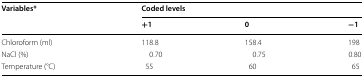
<table><thead><tr><td rowspan="2"><b>Variables*</b></td><td colspan="3"><b>Coded levels</b></td></tr><tr><td><b>+1</b></td><td><b>0</b></td><td><b>−1</b></td></tr></thead><tbody><tr><td>Chloroform (ml)</td><td>118.8</td><td>158.4</td><td>198</td></tr><tr><td>NaCl (%)</td><td>0.70</td><td>0.75</td><td>0.80</td></tr><tr><td>Temperature (°C)</td><td>55</td><td>60</td><td>65</td></tr></tbody></table>